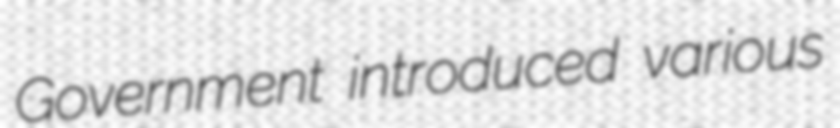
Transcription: Government introduced various